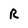
Character: R